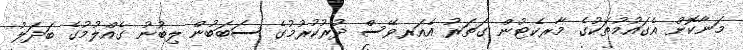
މަނާކޮށް އެގައުމުތަކުގެ މާރކެޓުން ގަތަރު އެއަރވޭސް ދުރުކުރުމުގެ ސަބަބުން ލިބުނު ގެއްލުމުގެ ބަދަލު